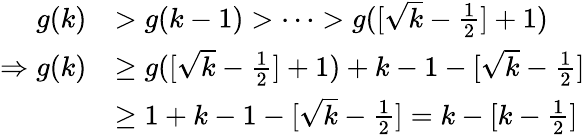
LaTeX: \begin{array}{rl}{g(k)}&{>g(k-1)>\cdots>g([\sqrt{k}-\frac{1}{2}]+1)}\\ {\Rightarrow g(k)}&{\geq g([\sqrt{k}-\frac{1}{2}]+1)+k-1-[\sqrt{k}-\frac{1}{2}]}\\ &{\geq 1+k-1-[\sqrt{k}-\frac{1}{2}]=k-[k-\frac{1}{2}]}\end{array}